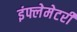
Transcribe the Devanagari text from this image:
इंफ्लेमेटरी